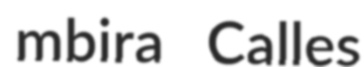
mbira Calles